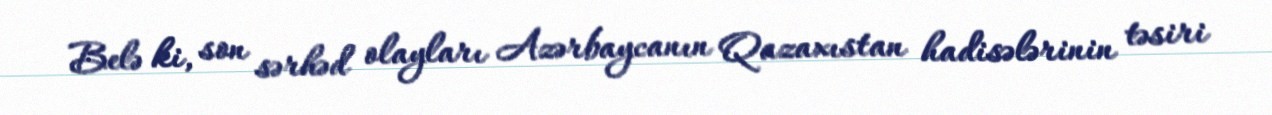
Belə ki, son sərhəd olayları Azərbaycanın Qazaxıstan hadisələrinin təsiri